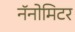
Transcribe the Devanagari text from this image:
नॅनोमिटर